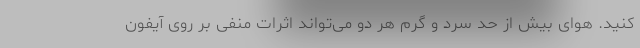
کنید. هوای بیش از حد سرد و گرم هر دو می‌تواند اثرات منفی بر روی آیفون